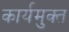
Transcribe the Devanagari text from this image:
कार्यमुक्‍त